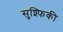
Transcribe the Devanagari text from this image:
सुश्फिकी